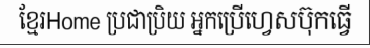
ខ្មែរHome ប្រជាប្រិយ អ្នកប្រើហ្វេសប៊ុកធ្វើ